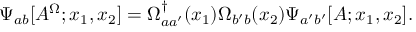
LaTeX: \Psi _ { a b } [ A ^ { \Omega } ; x _ { 1 } , x _ { 2 } ] = \Omega _ { a a ^ { \prime } } ^ { \dagger } ( x _ { 1 } ) \Omega _ { b ^ { \prime } b } ( x _ { 2 } ) \Psi _ { a ^ { \prime } b ^ { \prime } } [ A ; x _ { 1 } , x _ { 2 } ] .